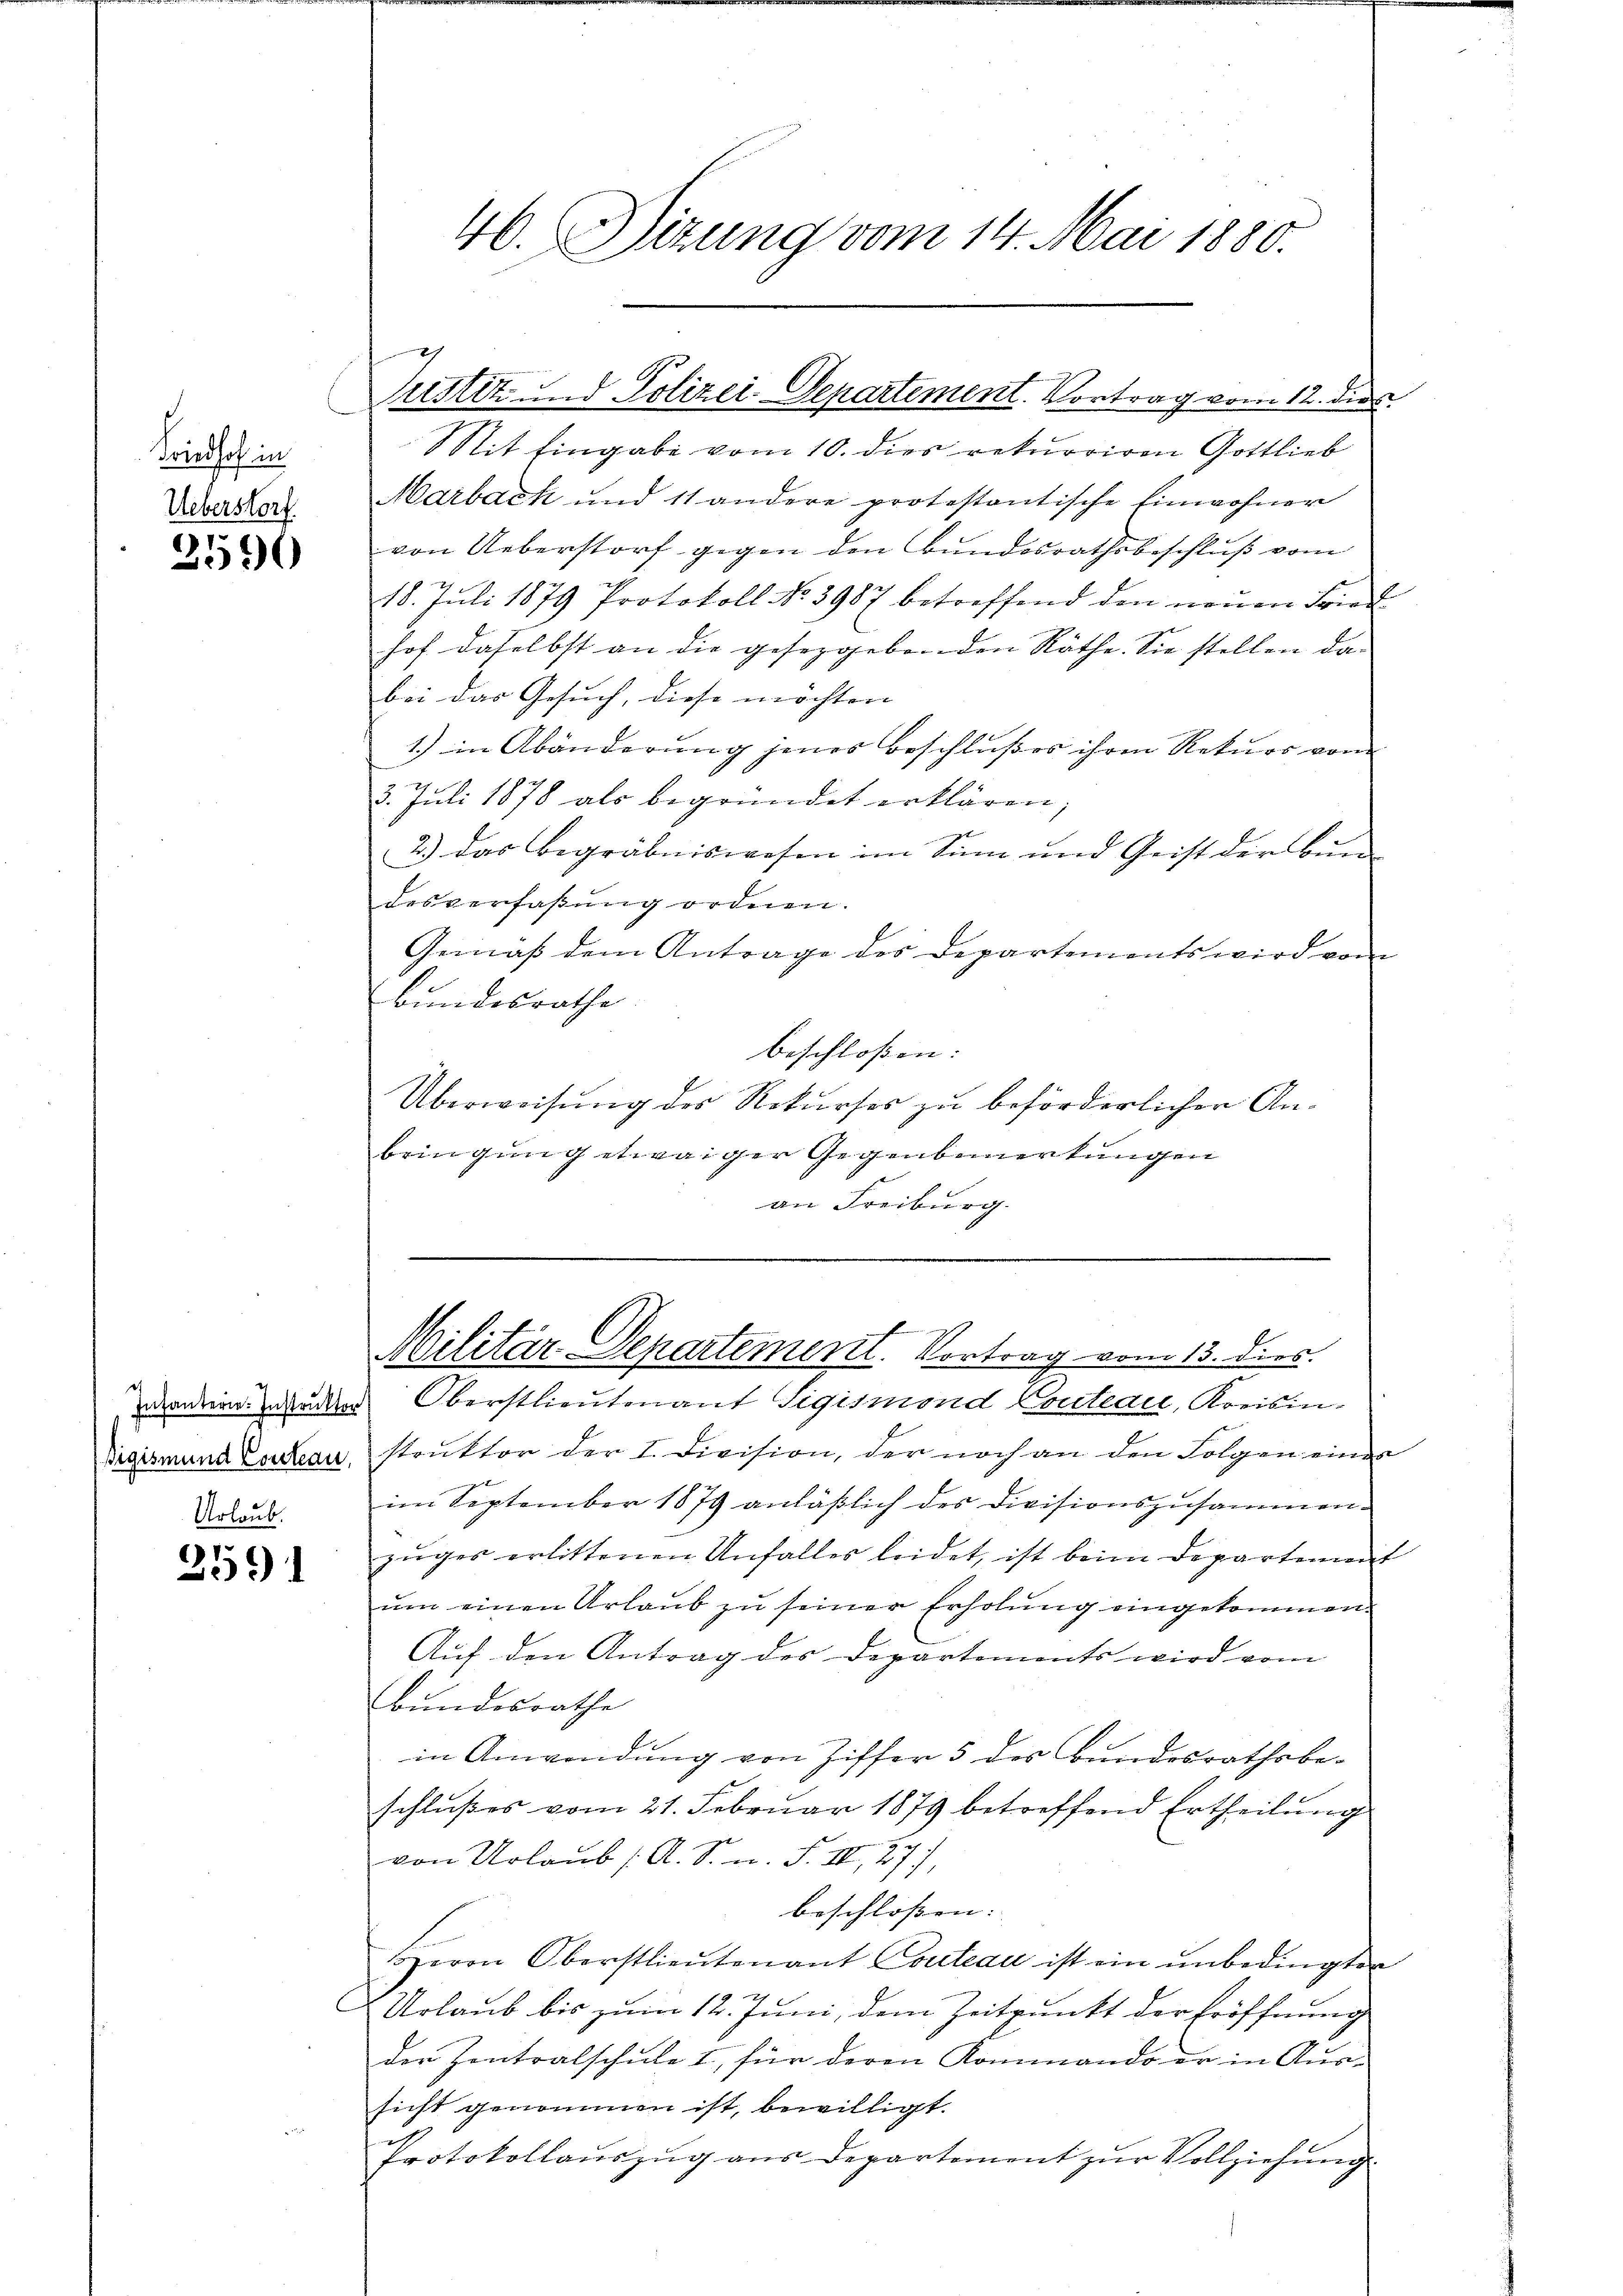
Friedhof in
Ueberstorf

2596

Urlaub.

2591

46. Sizung vom 14. Mai 1880.

Mit Eingabe vom 10. dies rekurriren Gottlieb
Marbach und 11 andere protestantische Einwohner
von Ueberstorf gegen den Bundesrathsbeschluß vom
18. Jŭli 1879 Protokoll No 3987 betreffend den neŭen Fried
hof daselbst an die gesetzgebenden Räthe. Sie stellen da-
bei das Gesuch, diese möchten
1.) in Abänderung jenes Beschlußes ihren Rekurs vom
3. Juli 1878 als begründet erklären;
2.) Das begräbniswesen im Sinn und Geist der Bundesverfaßung ordnen.
Gemäß dem Antrage des Departements wird vom
Bundesrathe
beschloßen:
Überweisung des Rekurses zu beförderlicher Anbringung etwaiger Gegenbemerkungen
an Freiburg.

7
Justiz und Polizei-Departement. Vortrag vom 12. dies

Militär Departement. Vortrag vom 13. dies.

wandern oder Oberstlieutenant Sigismond Contedi, Kreisin¬
Bigismund Louleau, struktor der I. Division, der noch an den Folgen einer
im September 1879 anläßlich des Divisionszusammen-
zuges erlittenen Unfalles leidet, ist beim Departement
ŭm einen Urlaub zu seiner Erholung eingekommen.
Auf den Antrag des Departements wird vom
bundesrathe
in Anwendung von Ziffer 5 des Bundesrathsbe-
schlußes vom 21. Februar 1879 betreffend Ertheilung
von Urlaub /A. S. n. F. III, 277,
beschlossen: |
HHerrn Oberstlieutenant Couleau ist ein unbedingten
& Urlaub bis zum 12. Juni, dem Zeitpunkt der Eröffnung
der Zentralschule I, für deren Kommando er in Aussicht genommen ist, bewilligt.
Protokollauszug aus Departement zŭr Vollziehung